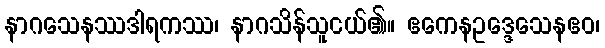
နာဂသေနဿဒါရကဿ၊ နာဂသိန်သူငယ်၏။ ဧကေနဥဒ္ဒေသေနဧဝ၊